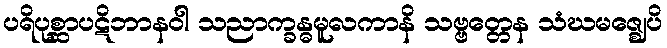
ပရိပုစ္ဆာပဋိဘာနဝါ သညာက္ခန္ဓမူလကာနိ သဗ္ဗတ္တေန သံဃမဇ္ဈေပိ